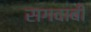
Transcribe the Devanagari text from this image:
सगदाबी